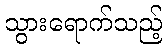
သွားရောက်သည့်